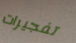
تفجيرات